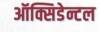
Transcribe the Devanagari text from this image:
ऑक्सिडेन्टल